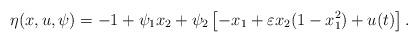
LaTeX: \begin{align*} \eta (x, u, \psi) = -1 + \psi_1 x_2 + \psi_2 \left[- x_1 + \varepsilon x_2 (1 - x_1^2) + u(t) \right]. \end{align*}